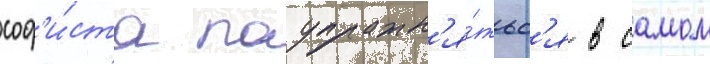
соф'и́ста поупражн'я́тьс'я в самом